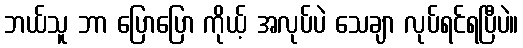
ဘယ်သူ ဘာ ပြောပြော ကိုယ့် အလုပ်ပဲ သေချာ လုပ်ရင်ရပြီပဲ။